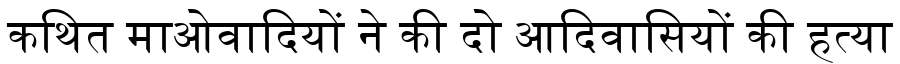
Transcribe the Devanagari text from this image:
कथित माओवादियों ने की दो आदिवासियों की हत्या